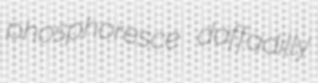
phosphoresce daffadilly